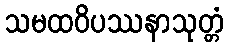
သမထဝိပဿနာသုတ္တံ